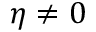
\eta \neq 0